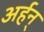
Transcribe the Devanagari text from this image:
अर्हन्